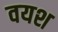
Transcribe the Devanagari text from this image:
वयश